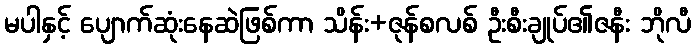
မပါနှင့် ပျောက်ဆုံးနေဆဲဖြစ်ကာ သိန်း+ဇုန်စလစ် ဦးစီးချုပ်၏ဇနီး ဘိုလီ